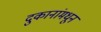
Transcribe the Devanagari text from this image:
दुकानांमधून